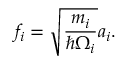
f _ { i } = \sqrt { \frac { m _ { i } } { \hbar \Omega _ { i } } } a _ { i } .